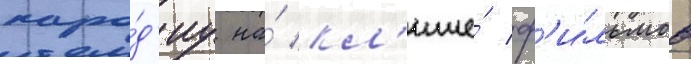
паро́д'иу на́ кл'ише́ ф'и́льмов